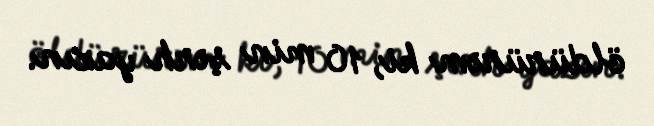
öldürürəm ki, 10 min şərh yazın.